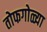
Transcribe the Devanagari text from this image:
तोफगोळ्या